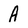
Character: A